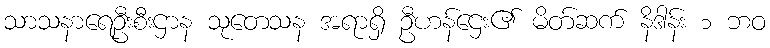
သာသနာရေဦးစီးဌာန သုတေသန အရာရှိ ဦဟန်ဌေး၏ မိတ်ဆက် နိဒါန်း ၁ ဘဝ